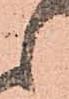
候